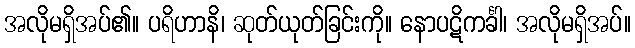
အလိုမရှိအပ်၏။ ပရိဟာနိ၊ ဆုတ်ယုတ်ခြင်းကို။ နောပဋိကင်္ခါ၊ အလိုမရှိအပ်။